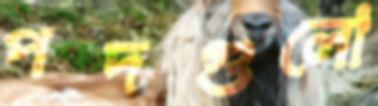
পদগুলো